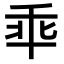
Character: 𫡙